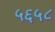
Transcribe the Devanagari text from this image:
५६५८